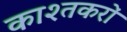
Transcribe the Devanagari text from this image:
काश्तकरों